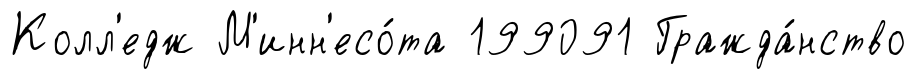
Колл'едж М'инн'есо́та 199091 Гражда́нство